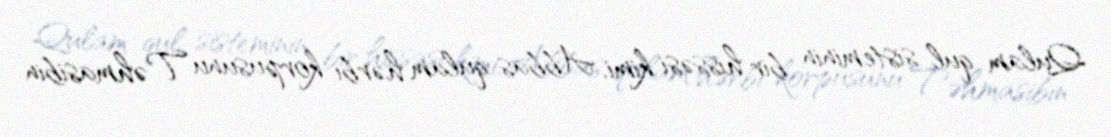
Qulam qul sisteminin bir hissəsi kimi, Abbas qulam hərbi korpusunu Təhmasibin